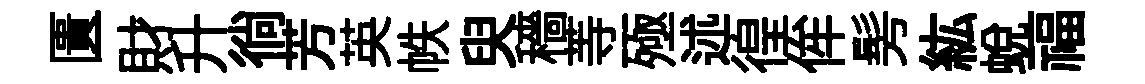
匱財升徜芳英帙臾穡䓁殛述徨侔髣紘蜕福